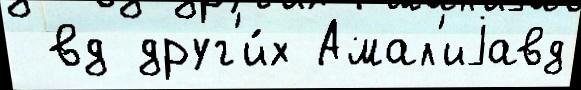
 вд друг'и́х Амал'иjавд